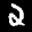
Label: 2